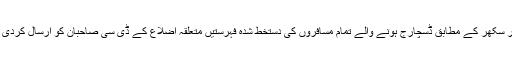
ڈپٹی کمشنر سکھر کے مطابق ڈسچارج ہونے والے تمام مسافروں کی دستخط شدہ فہرستیں متعلقہ اضلاع کے ڈی سی صاحبان کو ارسال کردی جائیں گی ۔